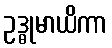
ဥဒ္ဓုမာယိကာ